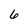
Character: 6